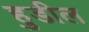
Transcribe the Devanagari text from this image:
हुडील